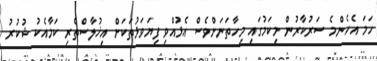
ހަމަ އެހެންމެ ސަރުކާރުން މިކަމުގައި މިހާތަނަށްވެސް އެޅުއްވި ފިޔަވަޅުތަކަށް އިޚުލާސްތެރި ކަމާއެކު ޝުކުރު